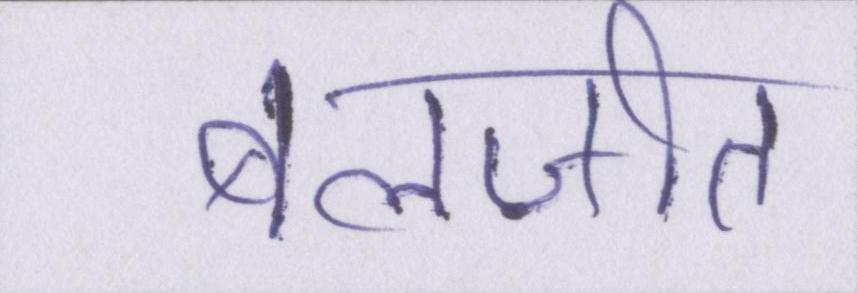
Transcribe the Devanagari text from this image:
बलजीत